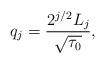
LaTeX: \begin{align*}q_{j}=\frac{2^{j/2} L_j} {\sqrt{\tau_{0}}},\end{align*}